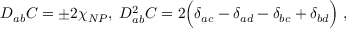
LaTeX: D _ { a b } C = \pm 2 \chi _ { N P } , \; D _ { a b } ^ { 2 } C = 2 \Bigl ( \delta _ { a c } - \delta _ { a d } - \delta _ { b c } + \delta _ { b d } \Bigr ) \; ,